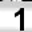
Digit: 1